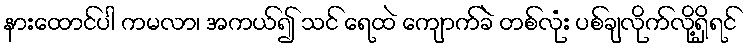
နားထောင်ပါ ကမလာ၊ အကယ်၍ သင် ရေထဲ ကျောက်ခဲ တစ်လုံး ပစ်ချလိုက်လို့ရှိရင်